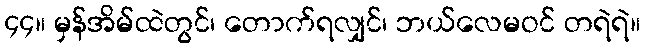
၄၄။ မှန်အိမ်ထဲတွင်၊ တောက်ရလျှင်၊ ဘယ်လေမဝင် တရဲရဲ။